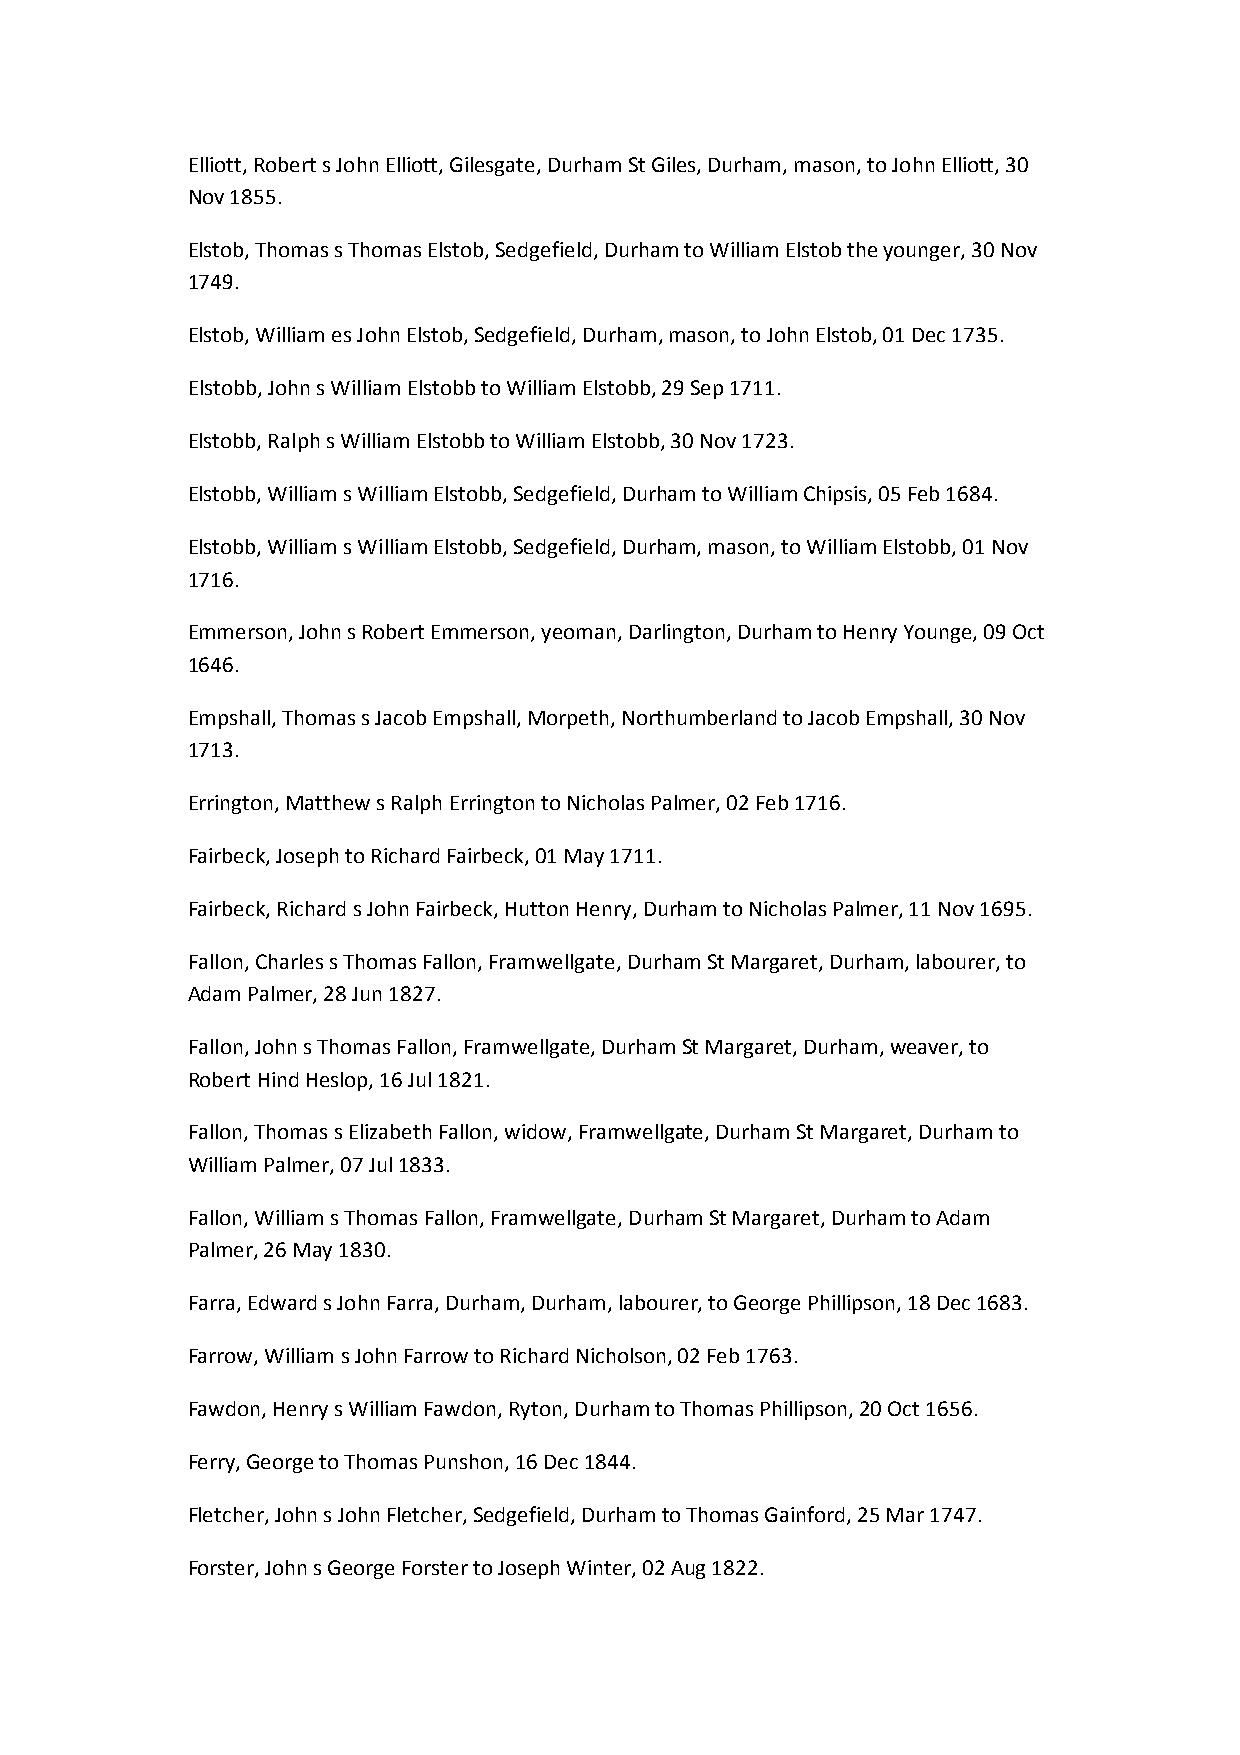
Elliott, Robert s John Elliott, Gilesgate, Durham St Giles, Durham, mason, to John Elliott, 30
 Nov 1855.
 Elstob, Thomas s Thomas Elstob, Sedgefield, Durham to William Elstob the younger, 30 Nov
 1749.
 Elstob, William es John Elstob, Sedgefield, Durham, mason, to John Elstob, 01 Dec 1735.
 Elstobb, John s William Elstobb to William Elstobb, 29 Sep 1711.
 Elstobb, Ralph s William Elstobb to William Elstobb, 30 Nov 1723.
 Elstobb, William s William Elstobb, Sedgefield, Durham to William Chipsis, 05 Feb 1684.
 Elstobb, William s William Elstobb, Sedgefield, Durham, mason, to William Elstobb, 01 Nov
 1716.
 Emmerson, John s Robert Emmerson, yeoman, Darlington, Durham to Henry Younge, 09 Oct
 1646.
 Empshall, Thomas s Jacob Empshall, Morpeth, Northumberland to Jacob Empshall, 30 Nov
 1713.
 Errington, Matthew s Ralph Errington to Nicholas Palmer, 02 Feb 1716.
 Fairbeck, Joseph to Richard Fairbeck, 01 May 1711.
 Fairbeck, Richard s John Fairbeck, Hutton Henry, Durham to Nicholas Palmer, 11 Nov 1695.
 Fallon, Charles s Thomas Fallon, Framwellgate, Durham St Margaret, Durham, labourer, to
 Adam Palmer, 28 Jun 1827.
 Fallon, John s Thomas Fallon, Framwellgate, Durham St Margaret, Durham, weaver, to
 Robert Hind Heslop, 16 Jul 1821.
 Fallon, Thomas s Elizabeth Fallon, widow, Framwellgate, Durham St Margaret, Durham to
 William Palmer, 07 Jul 1833.
 Fallon, William s Thomas Fallon, Framwellgate, Durham St Margaret, Durham to Adam
 Palmer, 26 May 1830.
 Farra, Edward s John Farra, Durham, Durham, labourer, to George Phillipson, 18 Dec 1683.
 Farrow, William s John Farrow to Richard Nicholson, 02 Feb 1763.
 Fawdon, Henry s William Fawdon, Ryton, Durham to Thomas Phillipson, 20 Oct 1656.
 Ferry, George to Thomas Punshon, 16 Dec 1844.
 Fletcher, John s John Fletcher, Sedgefield, Durham to Thomas Gainford, 25 Mar 1747.
 Forster, John s George Forster to Joseph Winter, 02 Aug 1822.